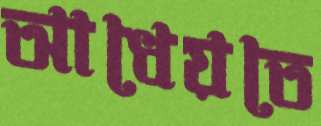
আধেয়তে